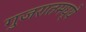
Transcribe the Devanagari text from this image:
गुजरातमघ्ये